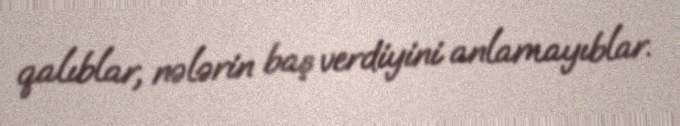
qalıblar, nələrin baş verdiyini anlamayıblar.